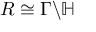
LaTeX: R \cong \Gamma \backslash \mathbb { H }